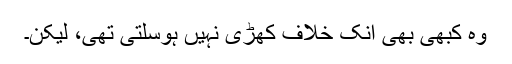
وہ کبھی بھی انک خلاف کھڑی نہیں ہوسلتی تھی، لیکن۔